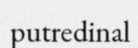
putredinal